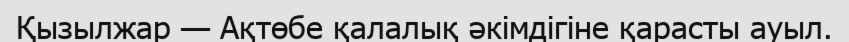
Қызылжар — Ақтөбе қалалық әкімдігіне қарасты ауыл.